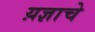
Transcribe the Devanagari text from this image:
य़ज्ञाचे